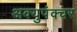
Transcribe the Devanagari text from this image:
अक्युपंक्चर